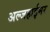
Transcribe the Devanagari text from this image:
अल्जहाईमर